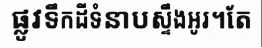
ផ្លូវទឹកដីទំនាបស្ទឹងអូរ។តែ